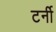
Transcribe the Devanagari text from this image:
टर्नी